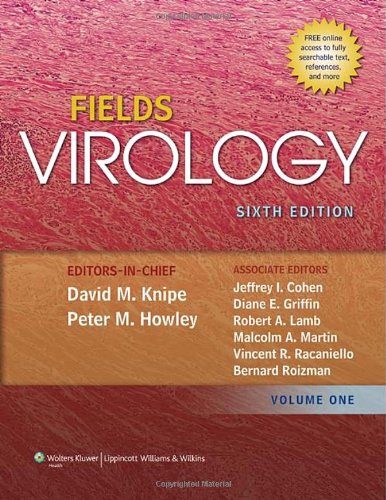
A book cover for Fields Virology (Knipe, Fields Virology)-2 Volume Set; David M. Knipe; Medical Books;